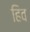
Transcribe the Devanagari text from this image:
हिव